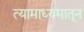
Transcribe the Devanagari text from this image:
त्यामाध्यमातून